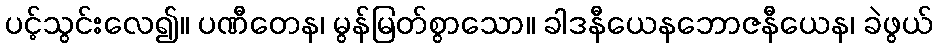
ပင့်သွင်းလေ၍။ ပဏီတေန၊ မွန်မြတ်စွာသော။ ခါဒနီယေနဘောဇနီယေန၊ ခဲဖွယ်